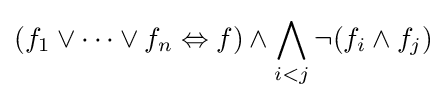
\left(f_{1}\lor \dots \lor f_{n}\Leftrightarrow f\right)\land \bigwedge _{i<j}\lnot (f_{i}\land f_{j})